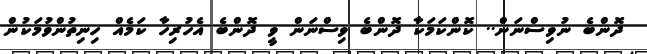
ދޮންބެ ނުވިސްނަން.. ކޮންކަމަކާ ދޮންބެ ވިސްނަން ވީ ދޮންބެ އެހުރިހާ ކަމެއް ހިނިތުންވުމަކުން